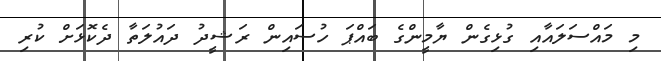
މި މައްސަލައާއި ގުޅިގެން ޔާމީންގެ ބައްޕަ ހުސައިން ރަޝީދު ދައުލަތާ ދެކޮޅަށް ކުރި